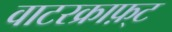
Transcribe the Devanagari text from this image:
वाटरक्राफ़्ट